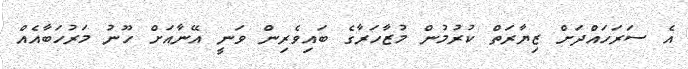
އެ ސަރަހައްދަށް ޒިޔާރަތް ކުރުމުން މުޒާހަރާގެ ބައިވެރިން ވަނީ އޭނާއަށް ހޫނު މަރުހަބާއެއް